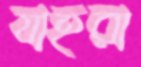
যাহরা